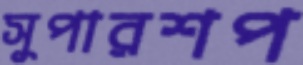
সুপারশপ